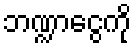
ဘဏ္ဍာငွေကို